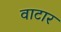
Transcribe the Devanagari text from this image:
वाटार